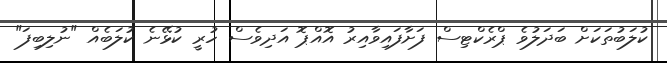
ކުލަބުތަކަށް ބަދަލުވެ ޕްރެކްޓިސް ފަށާފައިވާއިރު އޮއްޕޮ އަދިވެސް ހުރީ ކުޅޭނެ ކުލަބެއް "ނުލިބިފަ"